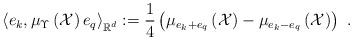
LaTeX: \begin{align*}\left\langle e_{k},\mu _{\Upsilon }\left( \mathcal{X}\right)e_{q}\right\rangle _{\mathbb{R}^{d}}:=\frac{1}{4}\left( \mu_{e_{k}+e_{q}}\left( \mathcal{X}\right) -\mu _{e_{k}-e_{q}}\left( \mathcal{X}\right) \right) \ . \end{align*}